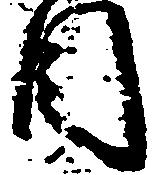
目